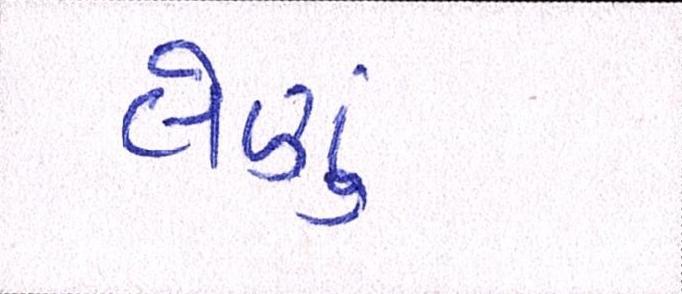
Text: લેણું